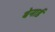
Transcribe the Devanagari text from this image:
बेनार्ड